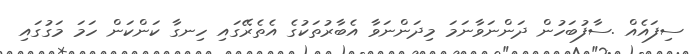
ސިފައެއް .ސާފުބަހުން ދަންނަވާނަމަ މިދަންނަވާ އެބާރުތަކުގެ އެތެރޭގައި ހިނގާ ކަންކަން ހަމަ މަގުގައި